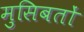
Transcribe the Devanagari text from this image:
मुसिबतों